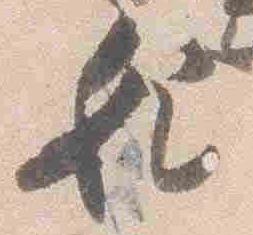
妃